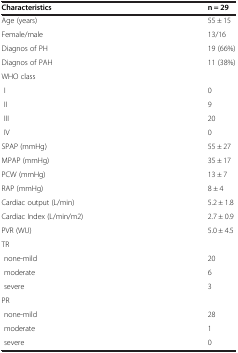
<table><thead><tr><td><b>Characteristics</b></td><td><b>n = 29</b></td></tr></thead><tbody><tr><td>Age (years)</td><td>55 ± 15</td></tr><tr><td>Female/male</td><td>13/16</td></tr><tr><td>Diagnos of PH</td><td>19 (66%)</td></tr><tr><td>Diagnos of PAH</td><td>11 (38%)</td></tr><tr><td>WHO class</td><td> </td></tr><tr><td> I</td><td>0</td></tr><tr><td> II</td><td>9</td></tr><tr><td> III</td><td>20</td></tr><tr><td> IV</td><td>0</td></tr><tr><td>SPAP (mmHg)</td><td>55 ± 27</td></tr><tr><td>MPAP (mmHg)</td><td>35 ± 17</td></tr><tr><td>PCW (mmHg)</td><td>13 ± 7</td></tr><tr><td>RAP (mmHg)</td><td>8 ± 4</td></tr><tr><td>Cardiac output (L/min)</td><td>5.2 ± 1.8</td></tr><tr><td>Cardiac Index (L/min/m2)</td><td>2.7 ± 0.9</td></tr><tr><td>PVR (WU)</td><td>5.0 ± 4.5</td></tr><tr><td>TR</td><td> </td></tr><tr><td> none-mild</td><td>20</td></tr><tr><td> moderate</td><td>6</td></tr><tr><td> severe</td><td>3</td></tr><tr><td>PR</td><td> </td></tr><tr><td> none-mild</td><td>28</td></tr><tr><td> moderate</td><td>1</td></tr><tr><td> severe</td><td>0</td></tr></tbody></table>